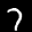
Label: 7